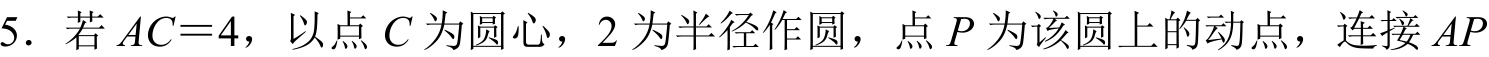
5. 若\(AC = 4\)，以点\(C\)为圆心，\(2\)为半径作圆，点\(P\)为该圆上的动点，连接\(AP\)